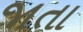
જાતા